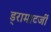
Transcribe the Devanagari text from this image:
ड्रामाटर्जी